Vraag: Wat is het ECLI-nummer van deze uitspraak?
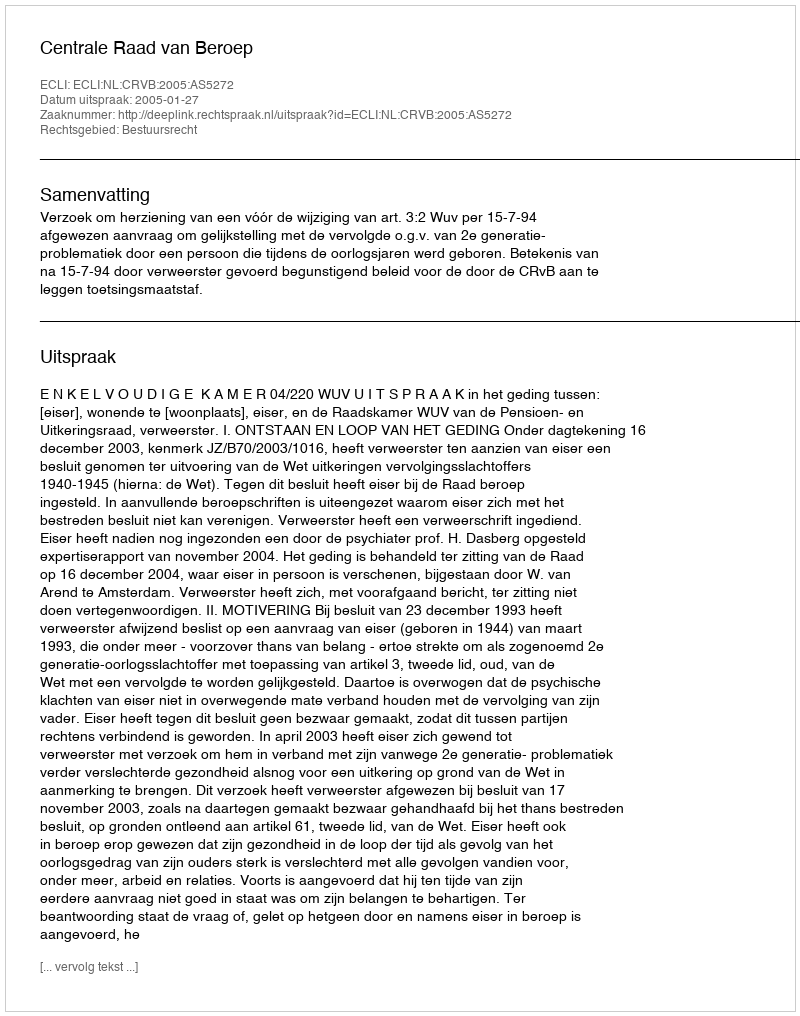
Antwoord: ECLI:NL:CRVB:2005:AS5272